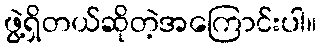
ဖွဲ့ရှိတယ်ဆိုတဲ့အကြောင်းပါ။